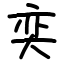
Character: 奕